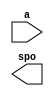
module fire11(
  a,
  spo
);

input [13 : 0] a;
output [15 : 0] spo;

// synthesis translate_off

  DIST_MEM_GEN_V7_2 #(
    .C_ADDR_WIDTH(14),
    .C_DEFAULT_DATA("0"),
    .C_DEPTH(16384),
    .C_FAMILY("kintex7"),
    .C_HAS_CLK(0),
    .C_HAS_D(0),
    .C_HAS_DPO(0),
    .C_HAS_DPRA(0),
    .C_HAS_I_CE(0),
    .C_HAS_QDPO(0),
    .C_HAS_QDPO_CE(0),
    .C_HAS_QDPO_CLK(0),
    .C_HAS_QDPO_RST(0),
    .C_HAS_QDPO_SRST(0),
    .C_HAS_QSPO(0),
    .C_HAS_QSPO_CE(0),
    .C_HAS_QSPO_RST(0),
    .C_HAS_QSPO_SRST(0),
    .C_HAS_SPO(1),
    .C_HAS_SPRA(0),
    .C_HAS_WE(0),
    .C_MEM_INIT_FILE("fire11.mif"),
    .C_MEM_TYPE(0),
    .C_PARSER_TYPE(1),
    .C_PIPELINE_STAGES(0),
    .C_QCE_JOINED(0),
    .C_QUALIFY_WE(0),
    .C_READ_MIF(1),
    .C_REG_A_D_INPUTS(0),
    .C_REG_DPRA_INPUT(0),
    .C_SYNC_ENABLE(1),
    .C_WIDTH(16)
  )
  inst (
    .A(a),
    .SPO(spo),
    .D(),
    .DPRA(),
    .SPRA(),
    .CLK(),
    .WE(),
    .I_CE(),
    .QSPO_CE(),
    .QDPO_CE(),
    .QDPO_CLK(),
    .QSPO_RST(),
    .QDPO_RST(),
    .QSPO_SRST(),
    .QDPO_SRST(),
    .DPO(),
    .QSPO(),
    .QDPO()
  );

// synthesis translate_on

endmodule